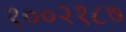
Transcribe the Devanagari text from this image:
१००२१८७